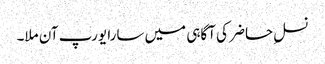
نسلِ حاضر کی آگاہی میں سارا یورپ آن ملا۔